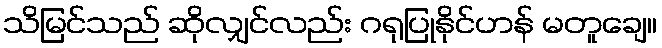
သိမြင်သည် ဆိုလျှင်လည်း ဂရုပြုနိုင်ဟန် မတူချေ။